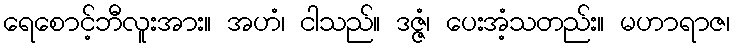
ရေစောင့်ဘီလူးအား။ အဟံ၊ ငါသည်။ ဒဇ္ဇံ၊ ပေးအံ့သတည်း။ မဟာရာဇ၊